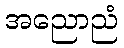
အညောညံ